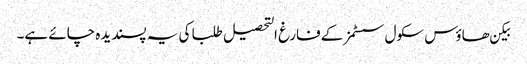
بیکن ھاؤس سکول سسٹمز کے فارغ التحصیل طلبا کی یہ پسندیده چائے ہے۔